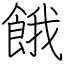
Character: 餓